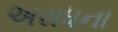
અરાધના